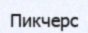
Пикчерс